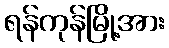
ရန်ကုန်မြို့အား